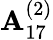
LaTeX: {\mathbf{A}}_{17}^{(2)}